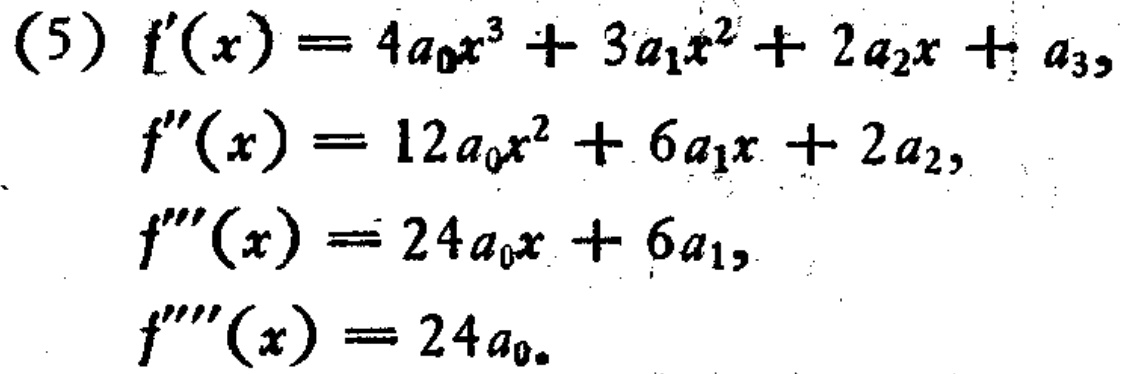
\begin{align*}
(5)\quad f^{\prime}(x)&=4a_{0}x^{3}+3a_{1}x^{2}+2a_{2}x + a_{3},\\
f^{\prime\prime}(x)&=12a_{0}x^{2}+6a_{1}x + 2a_{2},\\
f^{\prime\prime\prime}(x)&=24a_{0}x + 6a_{1},\\
f^{\prime\prime\prime\prime}(x)&=24a_{0}.
\end{align*}